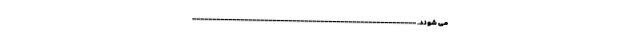
می شوند. --------------------------------------------------------